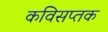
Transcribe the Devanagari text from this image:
कविसप्तक